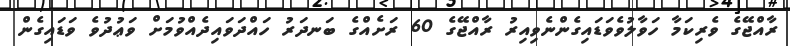
ރާއްޖޭގެ ވެރިކަމާ ހަވާލުވެވަޑައިގެންނެވިއިރު ރާއްޖޭގެ 60 ރަށެއްގެ ބަނދަރު ހައްދަވައިދެއްވުމަށް ވަޢުދުވެ ވަޑައިގެން